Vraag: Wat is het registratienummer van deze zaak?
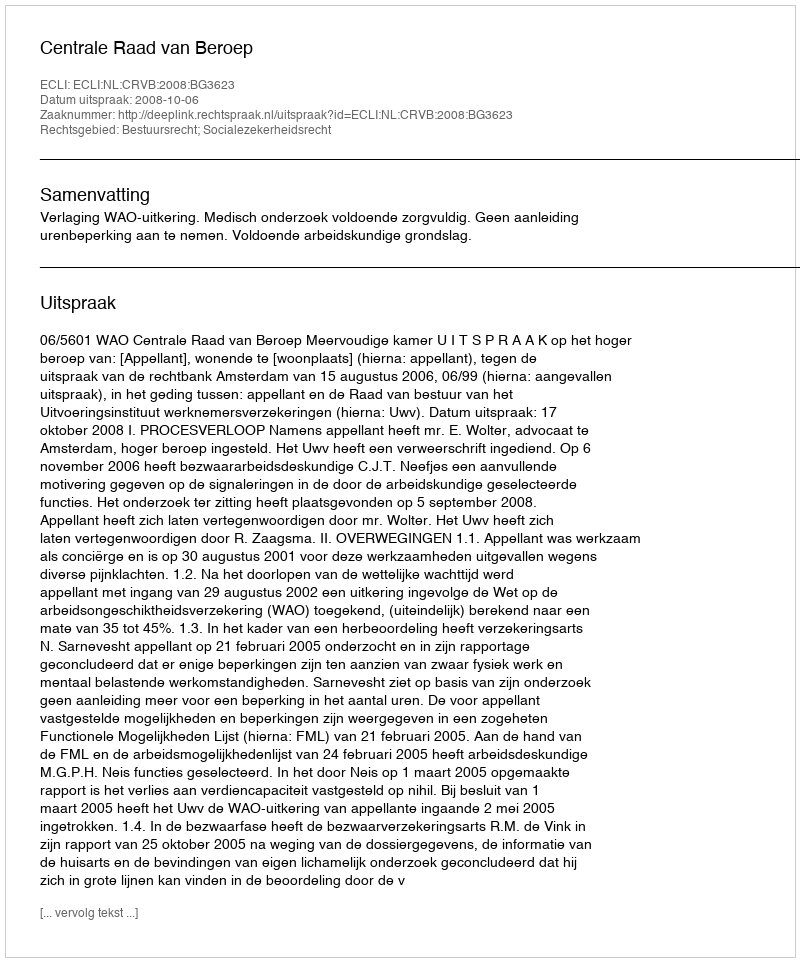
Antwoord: http://deeplink.rechtspraak.nl/uitspraak?id=ECLI:NL:CRVB:2008:BG3623